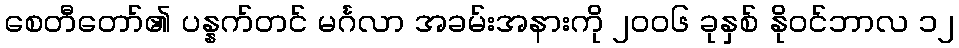
စေတီတော်၏ ပန္နက်တင် မင်္ဂလာ အခမ်းအနားကို ၂၀၀၆ ခုနှစ် နိုဝင်ဘာလ ၁၂